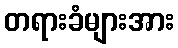
တရားခံများအား